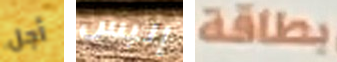
أجل إلبس بطاقة